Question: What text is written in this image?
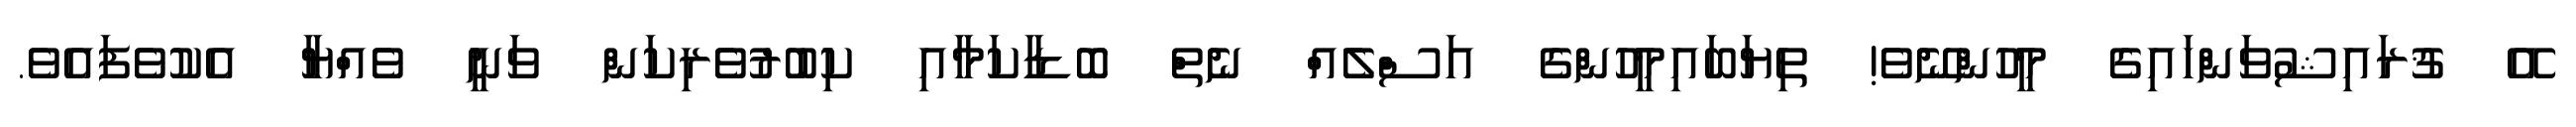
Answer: އޭ ޤުރައިޝުވަންހައިގެ މީހުންނޭވެ! ތިޔަބައިމީހުންގެ އަސްލެއް ނެތް ބޮޑާކަމާއި ކިބުރުވެރިކަން ވަނީ ވެއްޔާ އެކުވެފައެވެ.